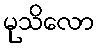
မုသိလော